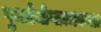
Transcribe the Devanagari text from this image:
पुनर्प्रयोगात्मकता